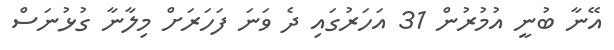
އޭނާ ބުނީ އުމުރުން 31 އަހަރުގައި ދެ ވަނަ ފަހަރަށް މިލާނާ ގުޅުނަސް